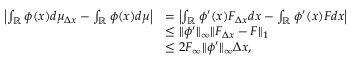
\begin{array} { r l } { \left| \int _ { \mathbb { R } } \phi ( x ) d \mu _ { \Delta x } - \int _ { \mathbb { R } } \phi ( x ) d \mu \right| } & { = \left| \int _ { \mathbb { R } } \phi ^ { \prime } ( x ) F _ { \Delta x } d x - \int _ { \mathbb { R } } \phi ^ { \prime } ( x ) F d x \right| } \\ & { \leq \| \phi ^ { \prime } \| _ { \infty } \| F _ { \Delta x } - F \| _ { 1 } } \\ & { \leq 2 F _ { \infty } \| \phi ^ { \prime } \| _ { \infty } \Delta x , } \end{array}